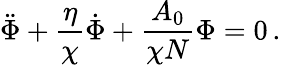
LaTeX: \ddot{\Phi}+\frac{\eta}{\chi}\dot{\Phi}+\frac{A_{0}}{\chi N}\Phi=0\, .